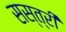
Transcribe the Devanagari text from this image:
सस्त्री